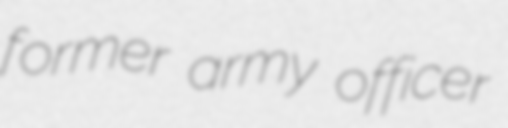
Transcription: former army officer